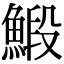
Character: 𩹨